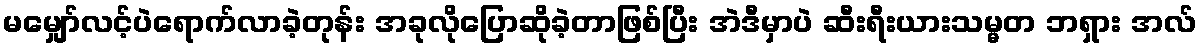
မမျှော်လင့်ပဲရောက်လာခဲ့တုန်း အခုလိုပြောဆိုခဲ့တာဖြစ်ပြီး အဲဒီမှာပဲ ဆီးရီးယားသမ္မတ ဘရှား အလ်